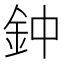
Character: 鈡